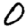
Digit: 0